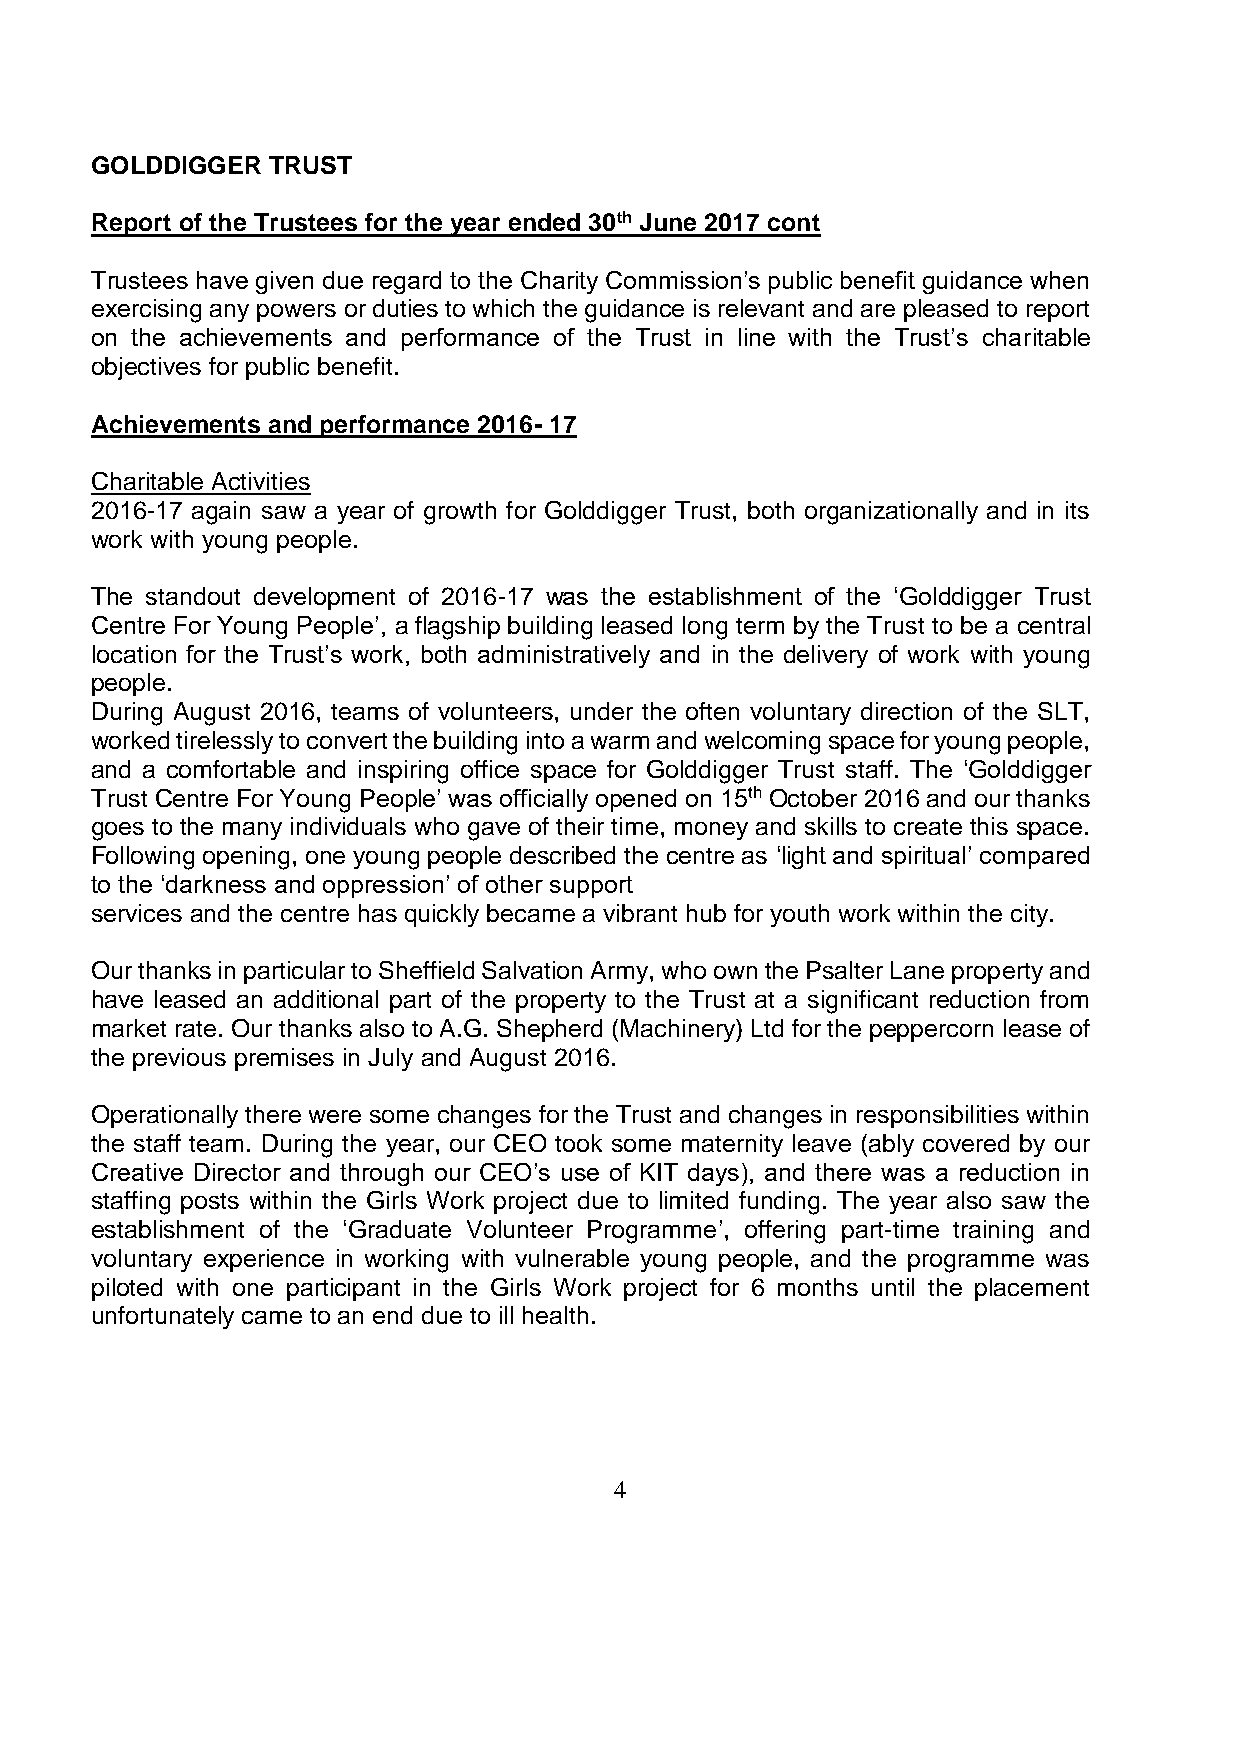
GOLDDIGGER  TRUST
 Report of the Trustees for the year ended 30th June 2017 cont
 Trustees have given due regard to the Charity Commission’s public benefit guidance when
 exercising any powers or duties to which the guidance is relevant and are pleased to report
 on the achievements and performance of the Trust in line with the Trust’s charitable
 objectives for public benefit.
 Achievements and performance 2016- 17
 Charitable Activities
 2016-17 again saw a year of growth for Golddigger Trust, both organizationally and in its
 work with young people.
 The standout development of 2016-17 was the establishment of the ‘Golddigger Trust
 Centre For Young People’, a flagship building leased long term by the Trust to be a central
 location for the Trust’s work, both administratively and in the delivery of work with young
 people.
 During August 2016, teams of volunteers, under the often voluntary direction of the SLT,
 worked tirelessly to convert the building into a warm and welcoming space for young people,
 and a comfortable and inspiring office space for Golddigger Trust staff. The ‘Golddigger
 Trust Centre For Young People’ was officially opened on 15th October 2016 and our thanks
 goes to the many individuals who gave of their time, money and skills to create this space.
 Following opening, one young people described the centre as ‘light and spiritual’ compared
 to the ‘darkness and oppression’ of other support
 services and the centre has quickly became a vibrant hub for youth work within the city.
 Our thanks in particular to Sheffield Salvation Army, who own the Psalter Lane property and
 have leased an additional part of the property to the Trust at a significant reduction from
 market rate. Our thanks also to A.G. Shepherd (Machinery) Ltd for the peppercorn lease of
 the previous premises in July and August 2016.
 Operationally there were some changes for the Trust and changes in responsibilities within
 the staff team. During the year, our CEO took some maternity leave (ably covered by our
 Creative Director and through our CEO’s use of KIT days), and there was a reduction in
 staffing posts within the Girls Work project due to limited funding. The year also saw the
 establishment of the ‘Graduate Volunteer Programme’, offering part-time training and
 voluntary experience in working with vulnerable young people, and the programme was
 piloted with one participant in the Girls Work project for 6 months until the placement
 unfortunately came to an end due to ill health.
 4